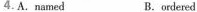
4.A. named B.ordered